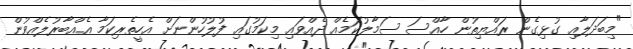
"މިބަދަލާއި ގުޅިގެން ރައްޔިތުން ހާއްސަ ސަމާލުކަމެއް ދެއްވައި މިކަމުގައި ފުލުހުންނަށް އެހީތެރިކަމާ އެއްބާރުލެއްވުން